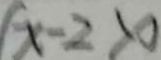
( x - 2 > 0